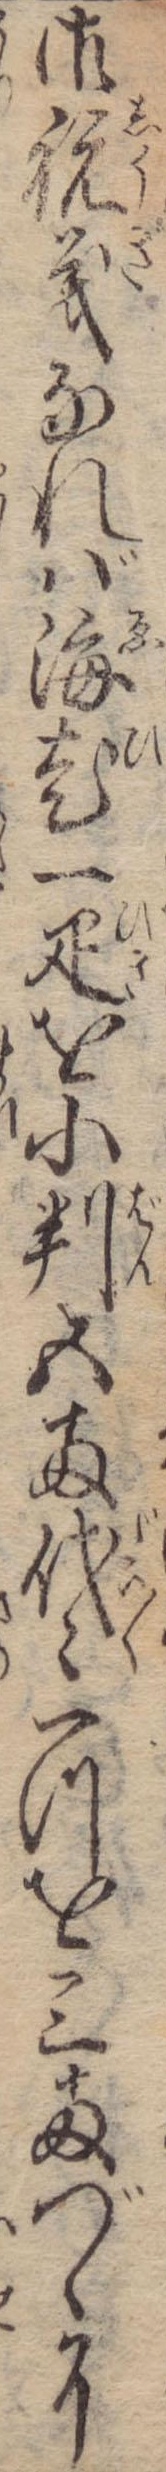
御祝義なれば海老一疋を小判五両代々一つを三両づゝに